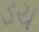
ડચ